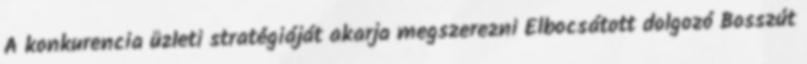
A konkurencia üzleti stratégiáját akarja megszerezni Elbocsátott dolgozó Bosszút